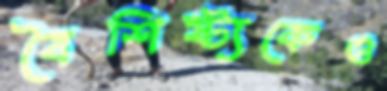
বৈশিষ্ট্যকেও